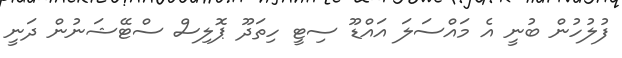
ފުލުހުން ބުނީ އެ މައްސަލަ އައްޑޫ ސިޓީ ހިތަދޫ ޕޮލިސް ސްޓޭޝަނުން ދަނީ